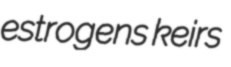
estrogens keirs